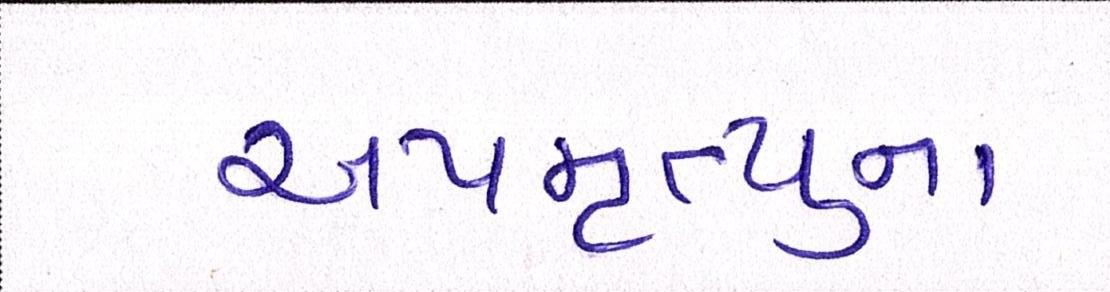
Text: અપમૃત્યુના